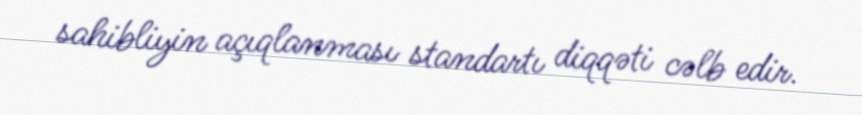
sahibliyin açıqlanması standartı diqqəti cəlb edir.